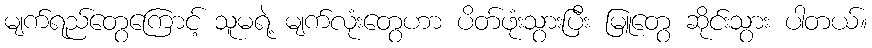
မျက်ရည်တွေကြောင့် သူမရဲ့ မျက်လုံးတွေဟာ ပိတ်ဖုံးသွားပြီး မြူတွေ ဆိုင်းသွား ပါတယ်။